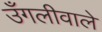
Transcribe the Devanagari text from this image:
उँगलीवाले